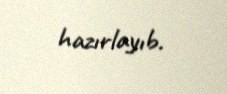
hazırlayıb.